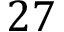
2 7